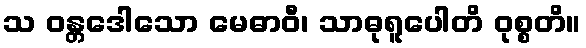
သ ဝန္တဒေါသော မေဓာဝီ၊ သာဓုရူပေါတိ ဝုစ္စတိ။